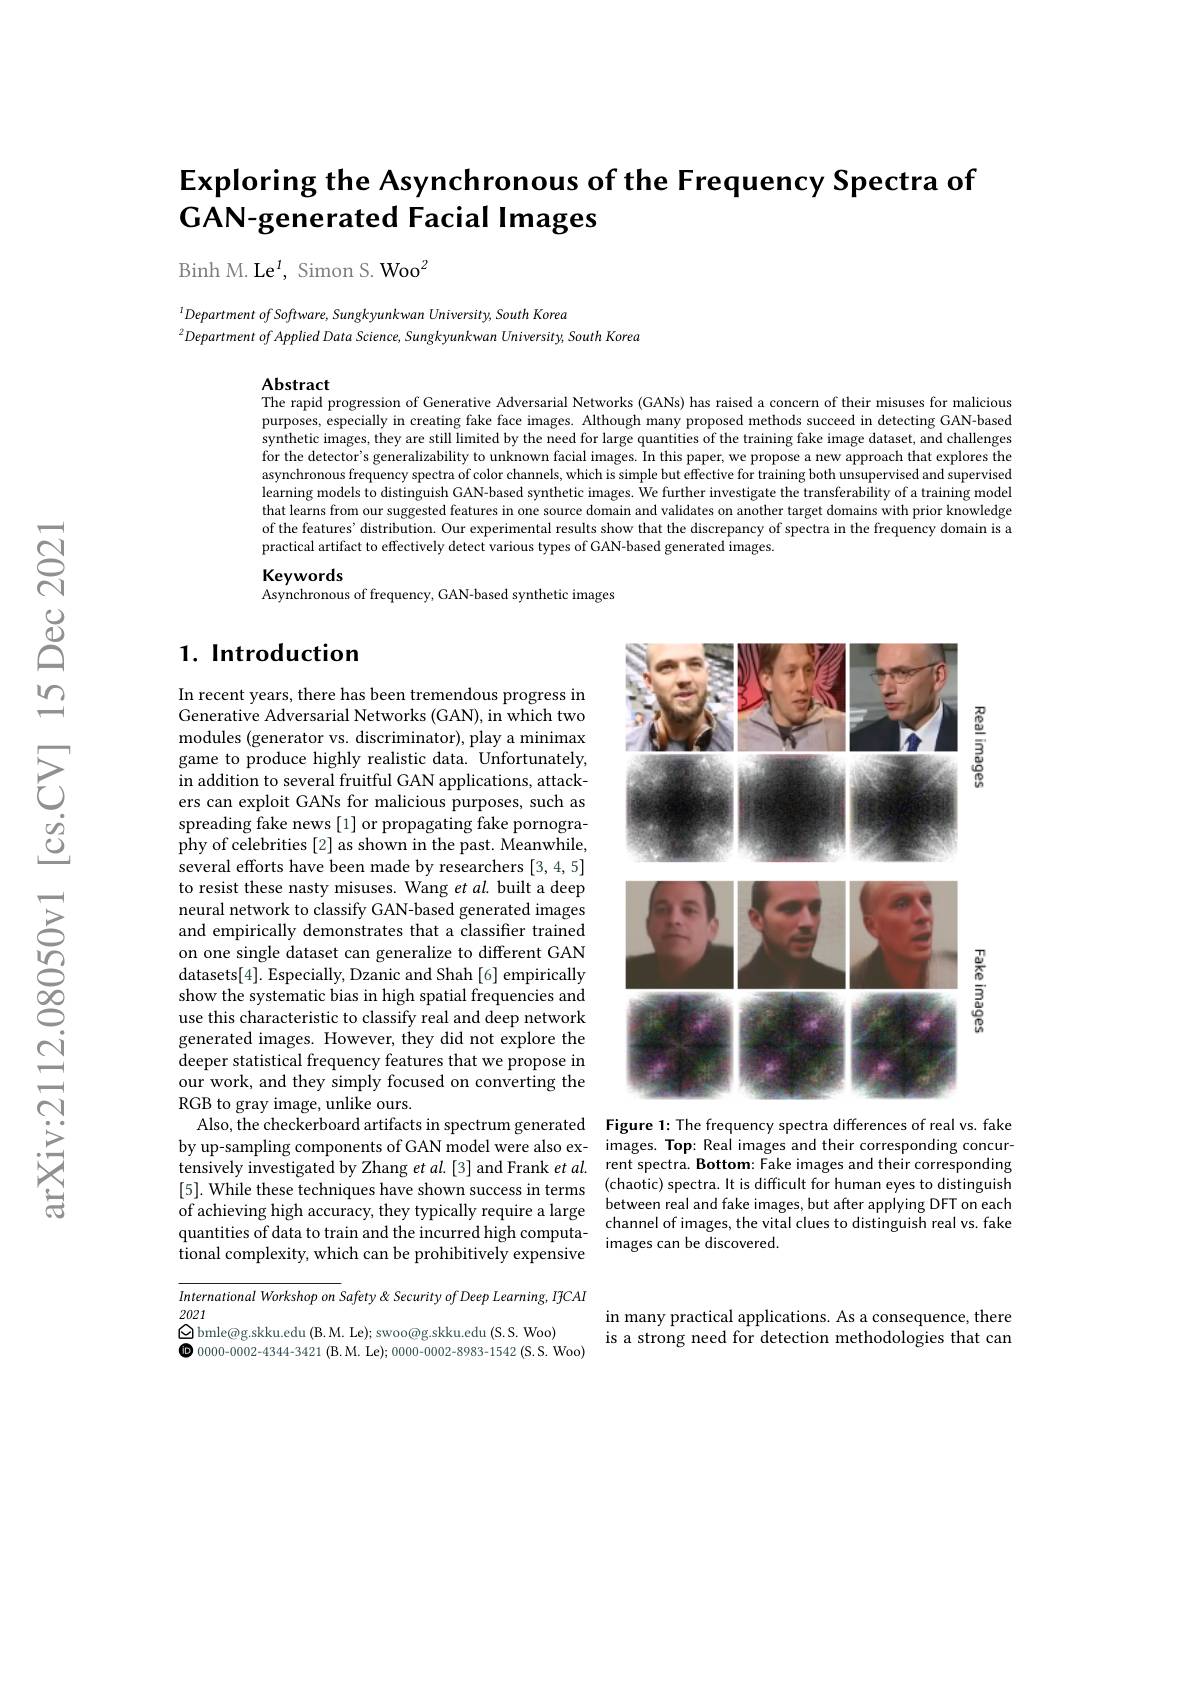
# Exploring the Asynchronous of the Frequency Spectra of $\mathbf{GAN-generated~Facial~Images}$

Binh M. Le$^1$, Simon S. Woo$^2$

$^{1}DepartmentofSoftware, Sungkyunkwan\textit{University, South Korea}$
$^{2}DepartmentofApplied$ Data Science, Sungkyunkwan University, South Korea

Abstract
The rapid progression of Generative Adversarial Networks (GANs) has raised a concern of their misuses for malicious purposes, especially in creating fake face images. Although many proposed methods succeed in detecting GAN-based synthetic images, they are still limited by the need for large quantities of the training fake image dataset, and challenges for the detector's generalizability to unknown facial images. In this paper, we propose a new approach that explores the asynchronous frequency spectra of color channels, which is simple but effective for training both unsupervised and supervised learning models to distinguish GAN-based synthetic images. We further investigate the transferability of a training model that learns from our suggested features in one source domain and validates on another target domains with prior knowledge of the features' distribution. Our experimental results show that the discrepancy of spectra in the frequency domain is a practical artifact to effectively detect various types of GAN-based generated images.

Keywords
Asynchronous of frequency, GAN-based synthetic images

## $1. \textbf{ Introduction}$

<FigureHere>
Figure 1: The frequency spectra differences of real vs. fake

In recent years, there has been tremendous progress in Generative Adversarial Networks (GAN), in which two modules (generator vs. discriminator), play a minimax game to produce highly realistic data. Unfortunately, in addition to several fruitful GAN applications, attackers can exploit GANs for malicious purposes, such as spreading fake news [1] or propagating fake pornography of celebrities [2] as shown in the past. Meanwhile, several efforts have been made by researchers [3,4,5] to resist these nasty misuses. Wang et al. built a deep neural network to classify GAN-based generated images and empirically demonstrates that a classifier trained on one single dataset can generalize to different GAN datasets[4]. Especially, Dzanic and Shah [6] empirically show the systematic bias in high spatial frequencies and use this characteristic to classify real and deep network generated images. However, they did not explore the deeper statistical frequency features that we propose in our work, and they simply focused on converting the RGB to gray image, unlike ours.
Also, the checkerboard artifacts in spectrum generated
by up-sampling components of GAN model were also ex- images. Top: Real images and their corresponding concur
tensively investigated by Zhang et al.[3] and Frank et al. [5]. While these techniques have shown success in terms of achieving high accuracy, they typically require a large between real and take images, but atter applying DFT on each quantities of datat to train and the incurred high computa- channel of images, the vital clues to distinguish real vs. fake tional com
tional complexity, which can be prohibitively expensive

rent spectra. Bottom: Fake images and their corresponding (chaotic) spectra. It is difficult for human eyes to distinguish between real and fake images, but after applying DFT on each

in many practical applications. As a consequence, there is a strong need for detection methodologies that can

International Workshop on Safety & Security of Deep Learning, IfCAI
2021
$\textcircled{\mathrm{m}}\textcircled{\mathrm{m}}$bmle@g.skku.edu (B.M. Le); swoo@g.skku.edu (S.S. Woo)
$\textcircled{\mathrm{o}}$ 0000-0002-4344-3421(B.M. Le); 0000-0002-8983-1542(S.S.Woo)